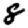
Digit: 8